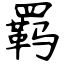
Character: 羁